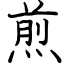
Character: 煎